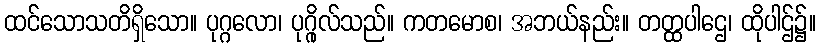
ထင်သောသတိရှိသော။ ပုဂ္ဂလော၊ ပုဂ္ဂိုလ်သည်။ ကတမောစ၊ အဘယ်နည်း။ တတ္ထပါဌေ၊ ထိုပါဌ်၌။